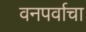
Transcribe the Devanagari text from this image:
वनपर्वाचा